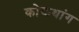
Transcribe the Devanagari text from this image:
कोकथांग